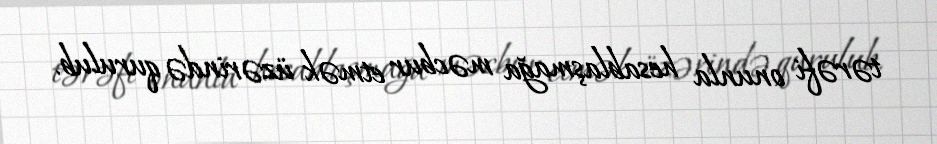
tərəfi onunla hesablaşmağa məcbur etmək üzərində qurulub.